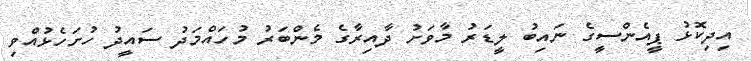
އިދިކޮޅު ޕީއެންސީގެ ނައިބު ލީޑަރު މާވަށު ދާއިރާގެ މެންބަރު މުހައްމަދު ސައީދު ހުށަހެޅުއްވި